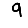
Digit: 9